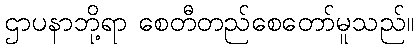
ဌာပနာဘို့ရာ စေတီတည်စေတော်မူသည်။